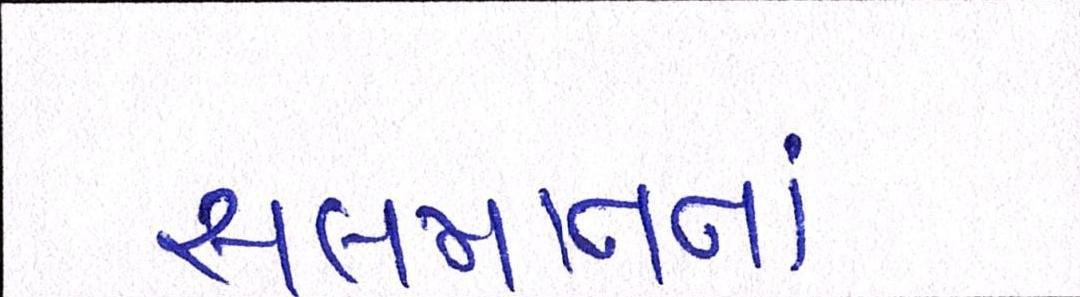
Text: સલમાનનાં